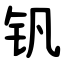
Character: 钒